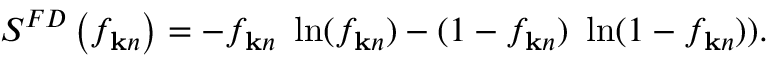
S ^ { F D } \left( f _ { { \bf k } n } \right) = - f _ { { \bf k } n } ~ \ln ( f _ { { \bf k } n } ) - ( 1 - f _ { { \bf k } n } ) ~ \ln ( 1 - f _ { { \bf k } n } ) ) .